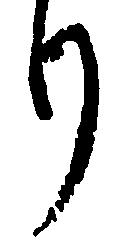
り